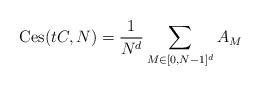
LaTeX: \begin{align*}\mathrm{Ces} (tC, N) = \frac{1}{N^d} \sum_{M \in [0,N-1]^d} A_M\end{align*}